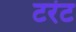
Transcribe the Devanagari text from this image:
टरंट